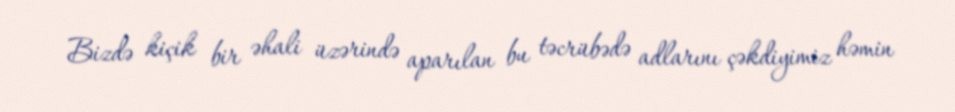
Bizdə kiçik bir əhali üzərində aparılan bu təcrübədə adlarını çəkdiyimiz həmin